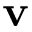
\mathbf { v }